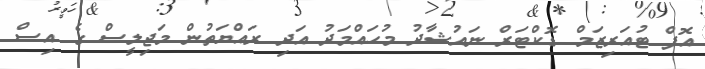
އޮފް ޓުއަަރިޒަމް ޑޮކްޓަރް ނައުޝާދު މުހައްމަދު އަދި ރައްޔަތުން މަޖިލީސް ގެ އިސް